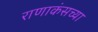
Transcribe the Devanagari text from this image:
राणाकंसच्या